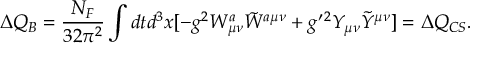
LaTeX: \Delta Q _ { B } = { \frac { N _ { F } } { 3 2 \pi ^ { 2 } } } \int d t d ^ { 3 } x [ - g ^ { 2 } W _ { \mu \nu } ^ { a } { \tilde { W } } ^ { a \mu \nu } + { g ^ { \prime } } { } ^ { 2 } Y _ { \mu \nu } { \tilde { Y } } ^ { \mu \nu } ] = \Delta Q _ { C S } .